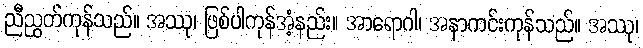
ညီညွတ်ကုန်သည်။ အဿု၊ ဖြစ်ပါကုန်အံ့နည်း။ အာရောဂါ၊ အနာကင်းကုန်သည်။ အဿု၊